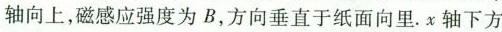
轴向上，磁感应强度为B，方向垂直于纸面向里。x轴下方